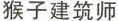
猴子建筑师